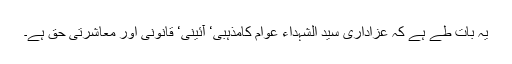
یہ بات طے ہے کہ عزاداری سید الشہداء عوام کامذہبی‘ آئینی‘ قانونی اور معاشرتی حق ہے۔